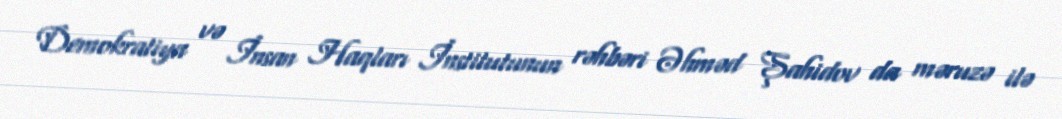
Demokratiya və İnsan Haqları İnstitutunun rəhbəri Əhməd Şahidov da məruzə ilə